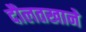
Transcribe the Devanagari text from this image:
दौलतखाने